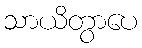
သာယိတွာပေ